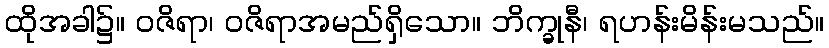
ထိုအခါ၌။ ဝဇိရာ၊ ဝဇိရာအမည်ရှိသော။ ဘိက္ခုနီ၊ ရဟန်းမိန်းမသည်။